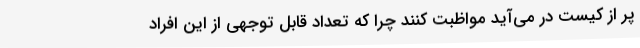
پر از کیست در می‌آید مواظبت کنند چرا که تعداد قابل توجهی از این افراد